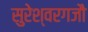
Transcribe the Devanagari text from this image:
सुरेश्वरगजौ